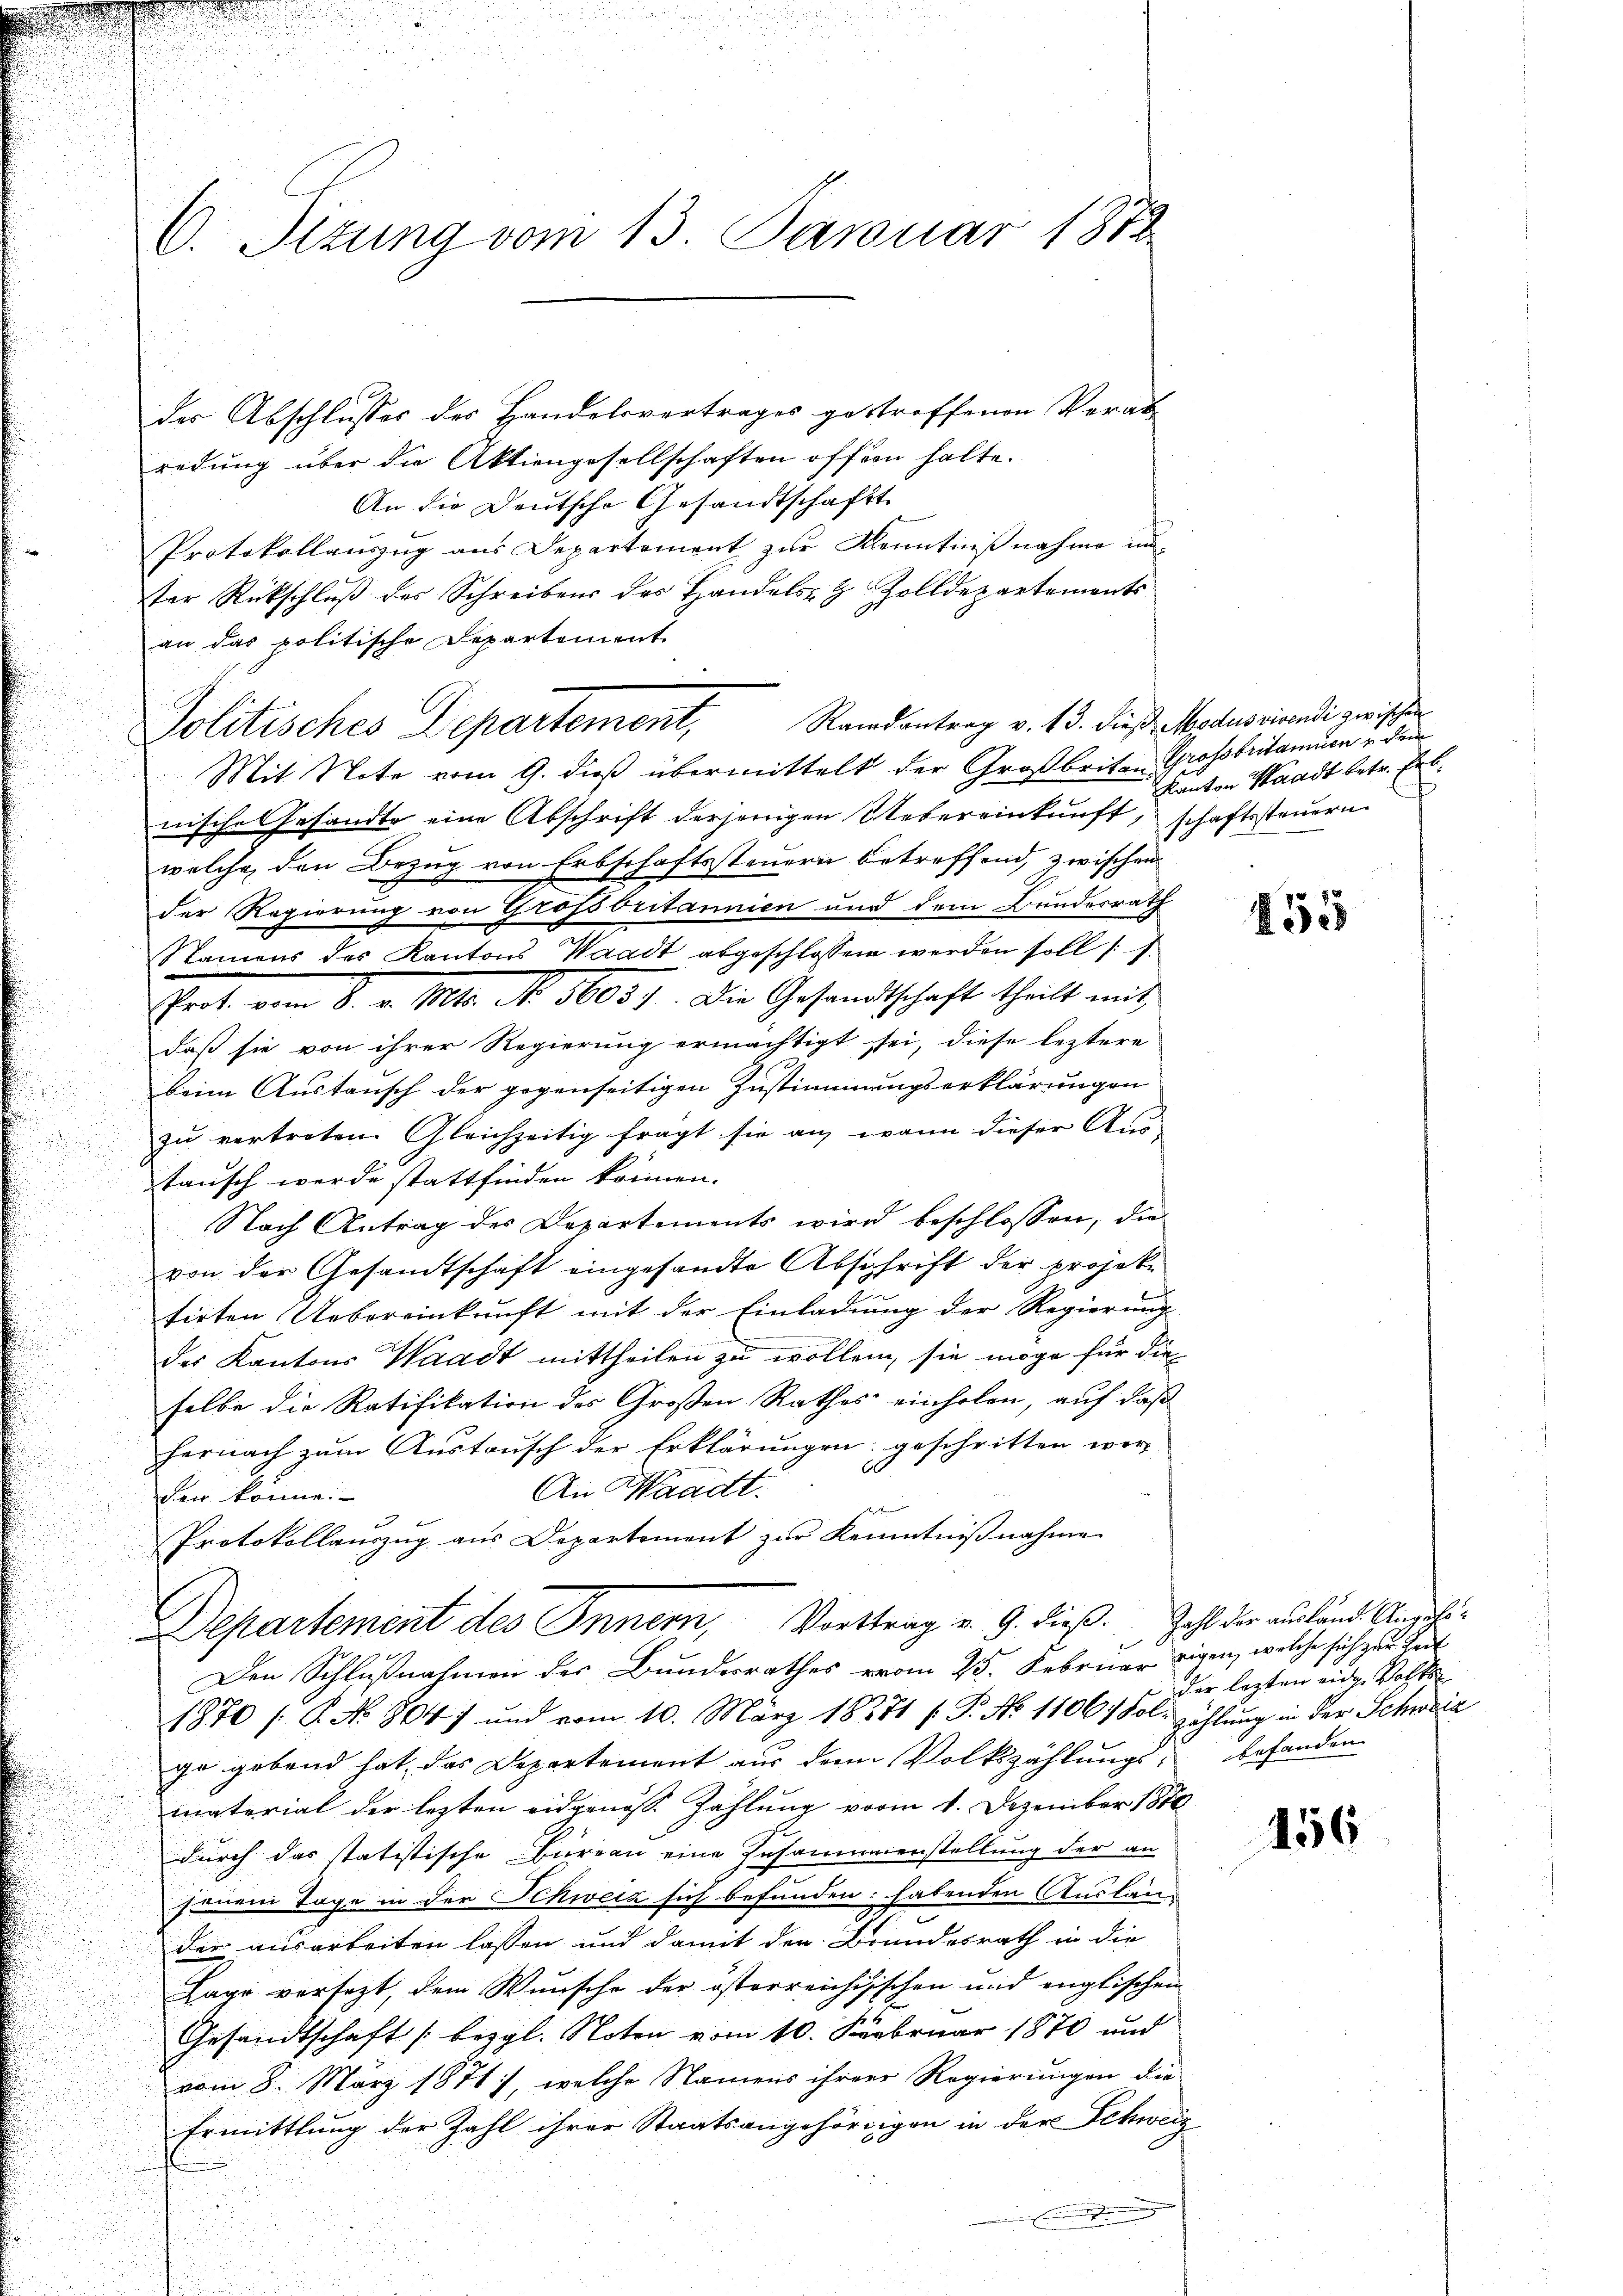
C. Ottung vom 13. Januar 1883

der Abschlusses des Handelsvertrages gestroffenen Verab-
redung über die Aktiengesellschaften offen halte.
An die Deutsche Gesandtschaft
Protokollauszug aus Departement zur Kenntnißnahme un-
ter Rückschluß des Schreibens des Handels- & Zolldepartements
an das politische Departement
.
Mit Note vom 9. dieß übermittelt der Großbriten Grossbritamen u dem
nisches Gesandte eine Abschrift derjenigen Uebereinkunft, schaftssteuern
welche den Bezug von Erbschaftssteuern betreffend, zwischen
der Regierung von Grossbritannien und dem Bundesrath
Namens des Kantons Waadt abgeschlossen werden soll (
Zeit vom 8. d. 10. d. 1605 f. Die Gesandtschaft theilt mit
daß sie von ihrer Regierung ermächtigt sei, diese leztere
beim Austausch der gegenseitigen Zustimmungserklärungen
zu vertreten Gleichzeitig fragt sie an wann dieser Aus-
tausch werde stattfinden können.
Nach Antrag des Departements wird beschlossen, die
von der Gesamtschaft eingesandte Abschrift der projek
tirten Uebereinkunft mit der Einladung der Regierung
des Kantons Waadt mittheilen zu wollen, sie möge für die
selbe die Ratifikation des Großen Rathes einholen, auf daß
hernach zum Austausch der Erklärungen geschritten wer¬
An Waadt.
den könne.
f
e
Protokollauszug aus Departement zur Kenntnißnahme
Departement des Innern, Vorttrag v. 9. dieß. Zahl der ausland Anzei¬
Den Schlußnahmen des Bundesrathes vom 25. Februar eigen, welche sich zur Zeit
1870 /: P. No 864) und vom 10. März 18371 f. P. No 11067 Fol- zählung in der Schweiz
ge gebend hat, das Departement aus dem Volkszählungs- befanden
material der lezten eidgenöss. Zahlung vom 1. Dezember 1870
durch das tatistische Büreau eine Insaummenstellung der an
senen Tage in der Schweiz sich befunden: habenden Auslander ausarbeiten lassen und damit den Brundesrath in die
Lage versezt, dem Wunsche der österreichisschen und englischen
Gesandtschaft [bezgl. Noten vom 10. Februar 1870 und
vom 8. März 1871), welche Namens ihrer Regierungen die
Ermittlung der Zahl ihrer Staatsangehörigen in der Schweiz

Politisches Departement, Randantrag v. 13. dieß Modus vivendi zwischen

Kanton Waadt betr. Erb¬

155

der lezten eidge Volks

456